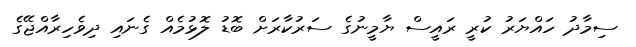
ސިމާދު ހައްޔަރު ކުރީ ރައީސް ޔާމީނުގެ ސަރުކާރަށް ބޮޑު ލޮޅުމެއް ގެނައި ދިވެހިރާއްޖޭގެ